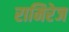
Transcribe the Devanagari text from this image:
रामिरेज